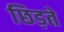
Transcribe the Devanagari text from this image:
छिड़ते